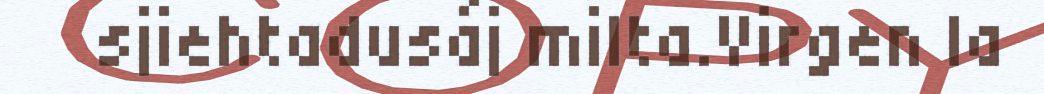
sjiehtadusáj milta.Virgen la